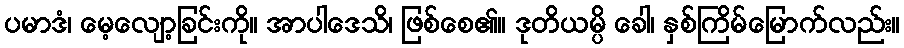
ပမာဒံ၊ မေ့လျော့ခြင်းကို။ အာပါဒေသိ၊ ဖြစ်စေ၏။ ဒုတိယမ္ပိ ခေါ၊ နှစ်ကြိမ်မြောက်လည်း။